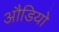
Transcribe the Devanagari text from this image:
औडियो